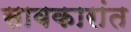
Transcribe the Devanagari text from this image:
सावकारांत